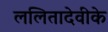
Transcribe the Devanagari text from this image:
ललितादेवीके